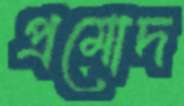
প্রমোদ